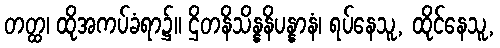
တတ္ထ၊ ထိုအကပ်ခံရာ၌။ ဌိတနိသိန္နနိပန္နာနံ၊ ရပ်နေသူ, ထိုင်နေသူ,